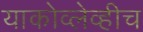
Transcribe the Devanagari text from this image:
याकोव्लेव्हीच